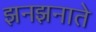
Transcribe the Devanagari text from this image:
झनझनाते